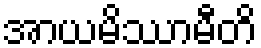
အာယမိဿာမီတိ